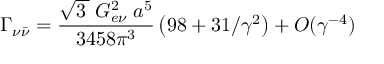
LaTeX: \Gamma _ { \nu { \bar { \nu } } } = \frac { \sqrt { 3 \, } \; G _ { e \nu } ^ { 2 } \; a ^ { 5 } } { 3 4 5 8 \pi ^ { 3 } } \left( 9 8 + 3 1 / \gamma ^ { 2 } \right) + { \cal O } ( \gamma ^ { - 4 } ) \;